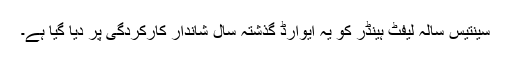
سینتیس سالہ لیفٹ ہینڈر کو یہ ایوارڈ گذشتہ سال شاندار کارکردگی پر دیا گیا ہے۔